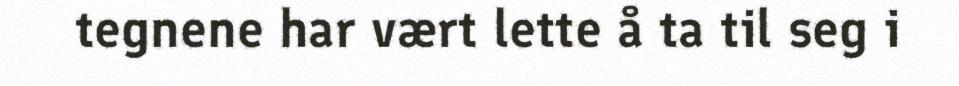
tegnene har vært lette å ta til seg i